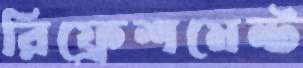
রিফ্রেশমেন্ট